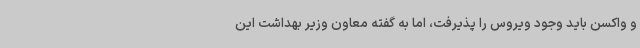
و واکسن باید وجود ویروس را پذیرفت، اما به گفته معاون وزیر بهداشت این